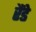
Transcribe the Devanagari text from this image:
रैंडे